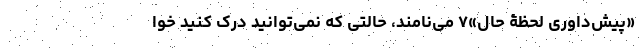
«پیش‌داوریِ لحظۀ حال»۷ می‌نامند، حالتی که نمی‌توانید درک کنید خوا